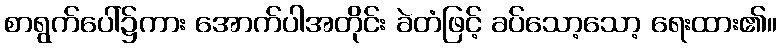
စာရွက်ပေါ်၌ကား အောက်ပါအတိုင်း ခဲတံဖြင့် ခပ်သော့သော့ ရေးထား၏။